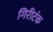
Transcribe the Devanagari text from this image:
गिरीटंक